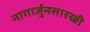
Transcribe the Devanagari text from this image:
नागार्जुनसारखी